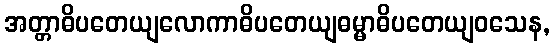
အတ္တာဓိပတေယျလောကာဓိပတေယျဓမ္မာဓိပတေယျဝသေန,